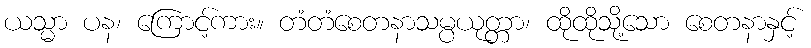
ယသ္မာ ပန၊ ကြောင့်ကား။ တံတံစေတနာသမ္ပယုတ္တာ၊ ထိုထိုသို့သော စေတနာနှင့်